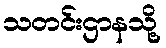
သတင်းဌာနသို့